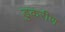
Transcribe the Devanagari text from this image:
डुकरीण